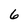
Character: 6